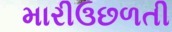
મારીઉછળતી